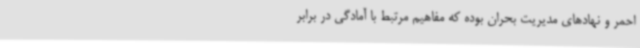
احمر و نهادهای مدیریت بحران بوده که مفاهیم مرتبط با آمادگی در برابر